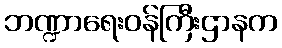
ဘဏ္ဍာရေးဝန်ကြီးဌာနက